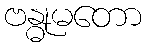
ဗန္ဓုမတော